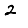
Digit: 2